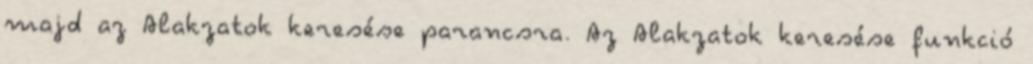
majd az Alakzatok keresése parancsra. Az Alakzatok keresése funkció